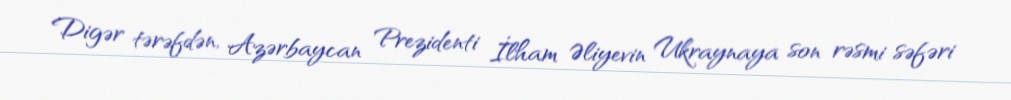
Digər tərəfdən, Azərbaycan Prezidenti İlham Əliyevin Ukraynaya son rəsmi səfəri